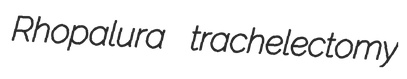
Rhopalura trachelectomy